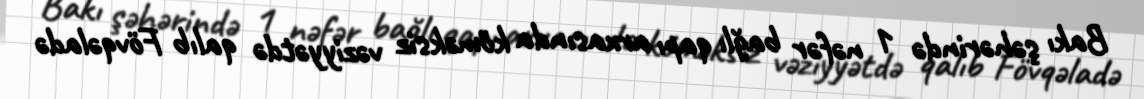
Bakı şəhərində 1 nəfər bağlı qapı arxasında köməksiz vəziyyətdə qalıb Fövqəladə